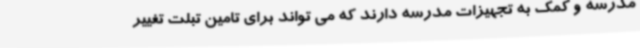
مدرسه و کمک به تجهیزات مدرسه دارند که می تواند برای تامین تبلت تغییر